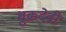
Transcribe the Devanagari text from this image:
शुक्रदेवी